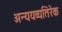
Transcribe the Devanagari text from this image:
अन्ययव्यतिरेक